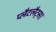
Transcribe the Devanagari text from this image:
प्लैटलैट्स।